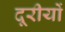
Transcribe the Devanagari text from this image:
दूरीयों